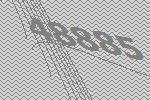
48885